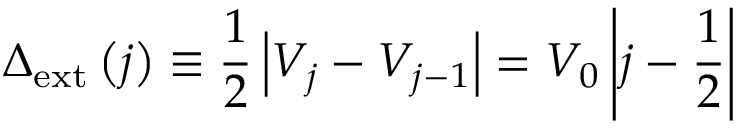
\Delta _ { \mathrm { { e x t } } } \left( j \right) \equiv \frac { 1 } { 2 } \left| V _ { j } - V _ { j - 1 } \right| = V _ { 0 } \left| j - \frac { 1 } { 2 } \right|